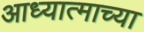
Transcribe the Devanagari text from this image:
आध्यात्माच्या